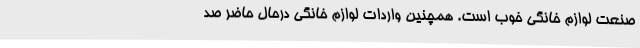
صنعت لوازم خانگی خوب است. همچنین واردات لوازم خانگی درحال حاضر صد